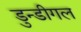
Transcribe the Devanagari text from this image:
डुन्डीगल